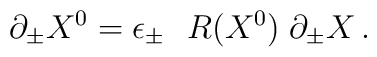
\partial_\pm X^0 = \epsilon_{\pm}~~ R(X^0) \; \partial_\pm X \, .